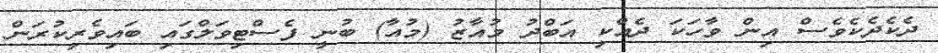
ދެކެދެކެވެސް އިން ވާހަކަ ދެއްކި އަބްދު މުއާޒު (މުއާ) ބުނީ ފެސްޓިވަލްގައި ބައިވެރިކުރަން